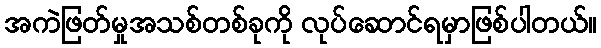
အကဲဖြတ်မှုအသစ်တစ်ခုကို လုပ်ဆောင်ရမှာဖြစ်ပါတယ်။